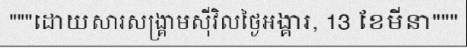
"""ដោយសារសង្គ្រាមស៊ីវិលថ្ងៃអង្គារ, 13 ខែមីនា"""